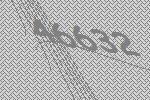
46632